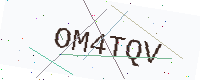
Text: OM4TQV